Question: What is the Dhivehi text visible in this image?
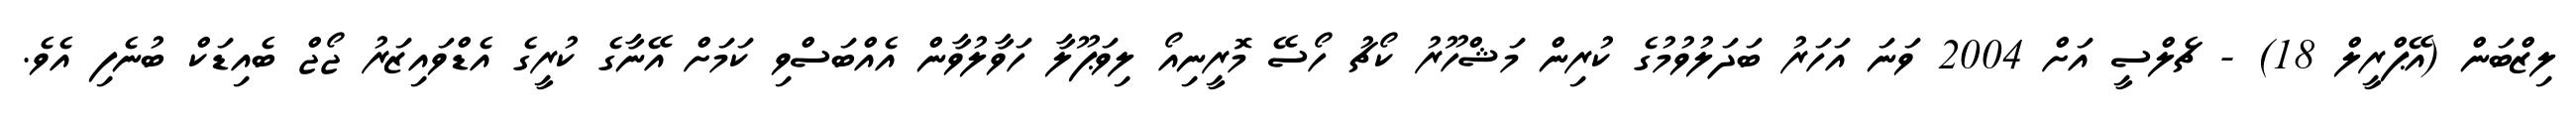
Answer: ލިޒްބަން (އޭޕްރީލް 18) - ޗެލްސީ އަށް 2004 ވަނަ އަހަރު ބަދަލުވުމުގެ ކުރިން މަޝްހޫރު ކޯޗު ހޯސޭ މޮރީނިއޯ ލިވަޕޫލާ ހަވާލުވާން އެއްބަސްވި ކަމަށް އޭނާގެ ކުރީގެ އެޑްވައިޒަރު ޖޯޖް ބެއިޑަކް ބުނެފި އެވެ.